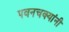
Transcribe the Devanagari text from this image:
पवनचक्यांनी